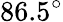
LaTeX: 86.5^{\circ}